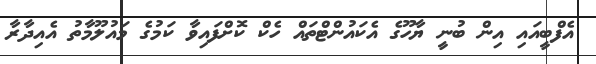
އެފްބީއައި އިން ބުނީ ޔާހޫގެ އެކައުންޓްތައް ހެކް ކޮށްފައިވާ ކަމުގެ މައުލޫމާތު އެއިދާރާ